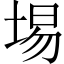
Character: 埸